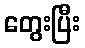
တွေးပြီး